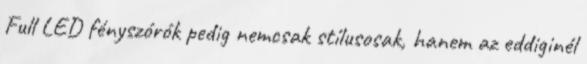
Full LED fényszórók pedig nemcsak stílusosak, hanem az eddiginél